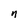
Character: n